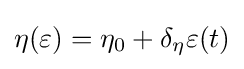
\eta (\varepsilon )=\eta _{0}+\delta _{\eta }\varepsilon (t)